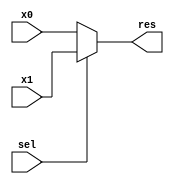
module MUX_2to1 #(parameter N = 32)(
    input [N-1:0] x0, x1,
    input sel,
    output [N-1:0] res
);
    assign res = sel ? x1 : x0;
endmodule